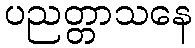
ပညတ္တာသနေ